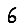
Digit: 6